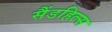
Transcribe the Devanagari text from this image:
सैंडहिल्स